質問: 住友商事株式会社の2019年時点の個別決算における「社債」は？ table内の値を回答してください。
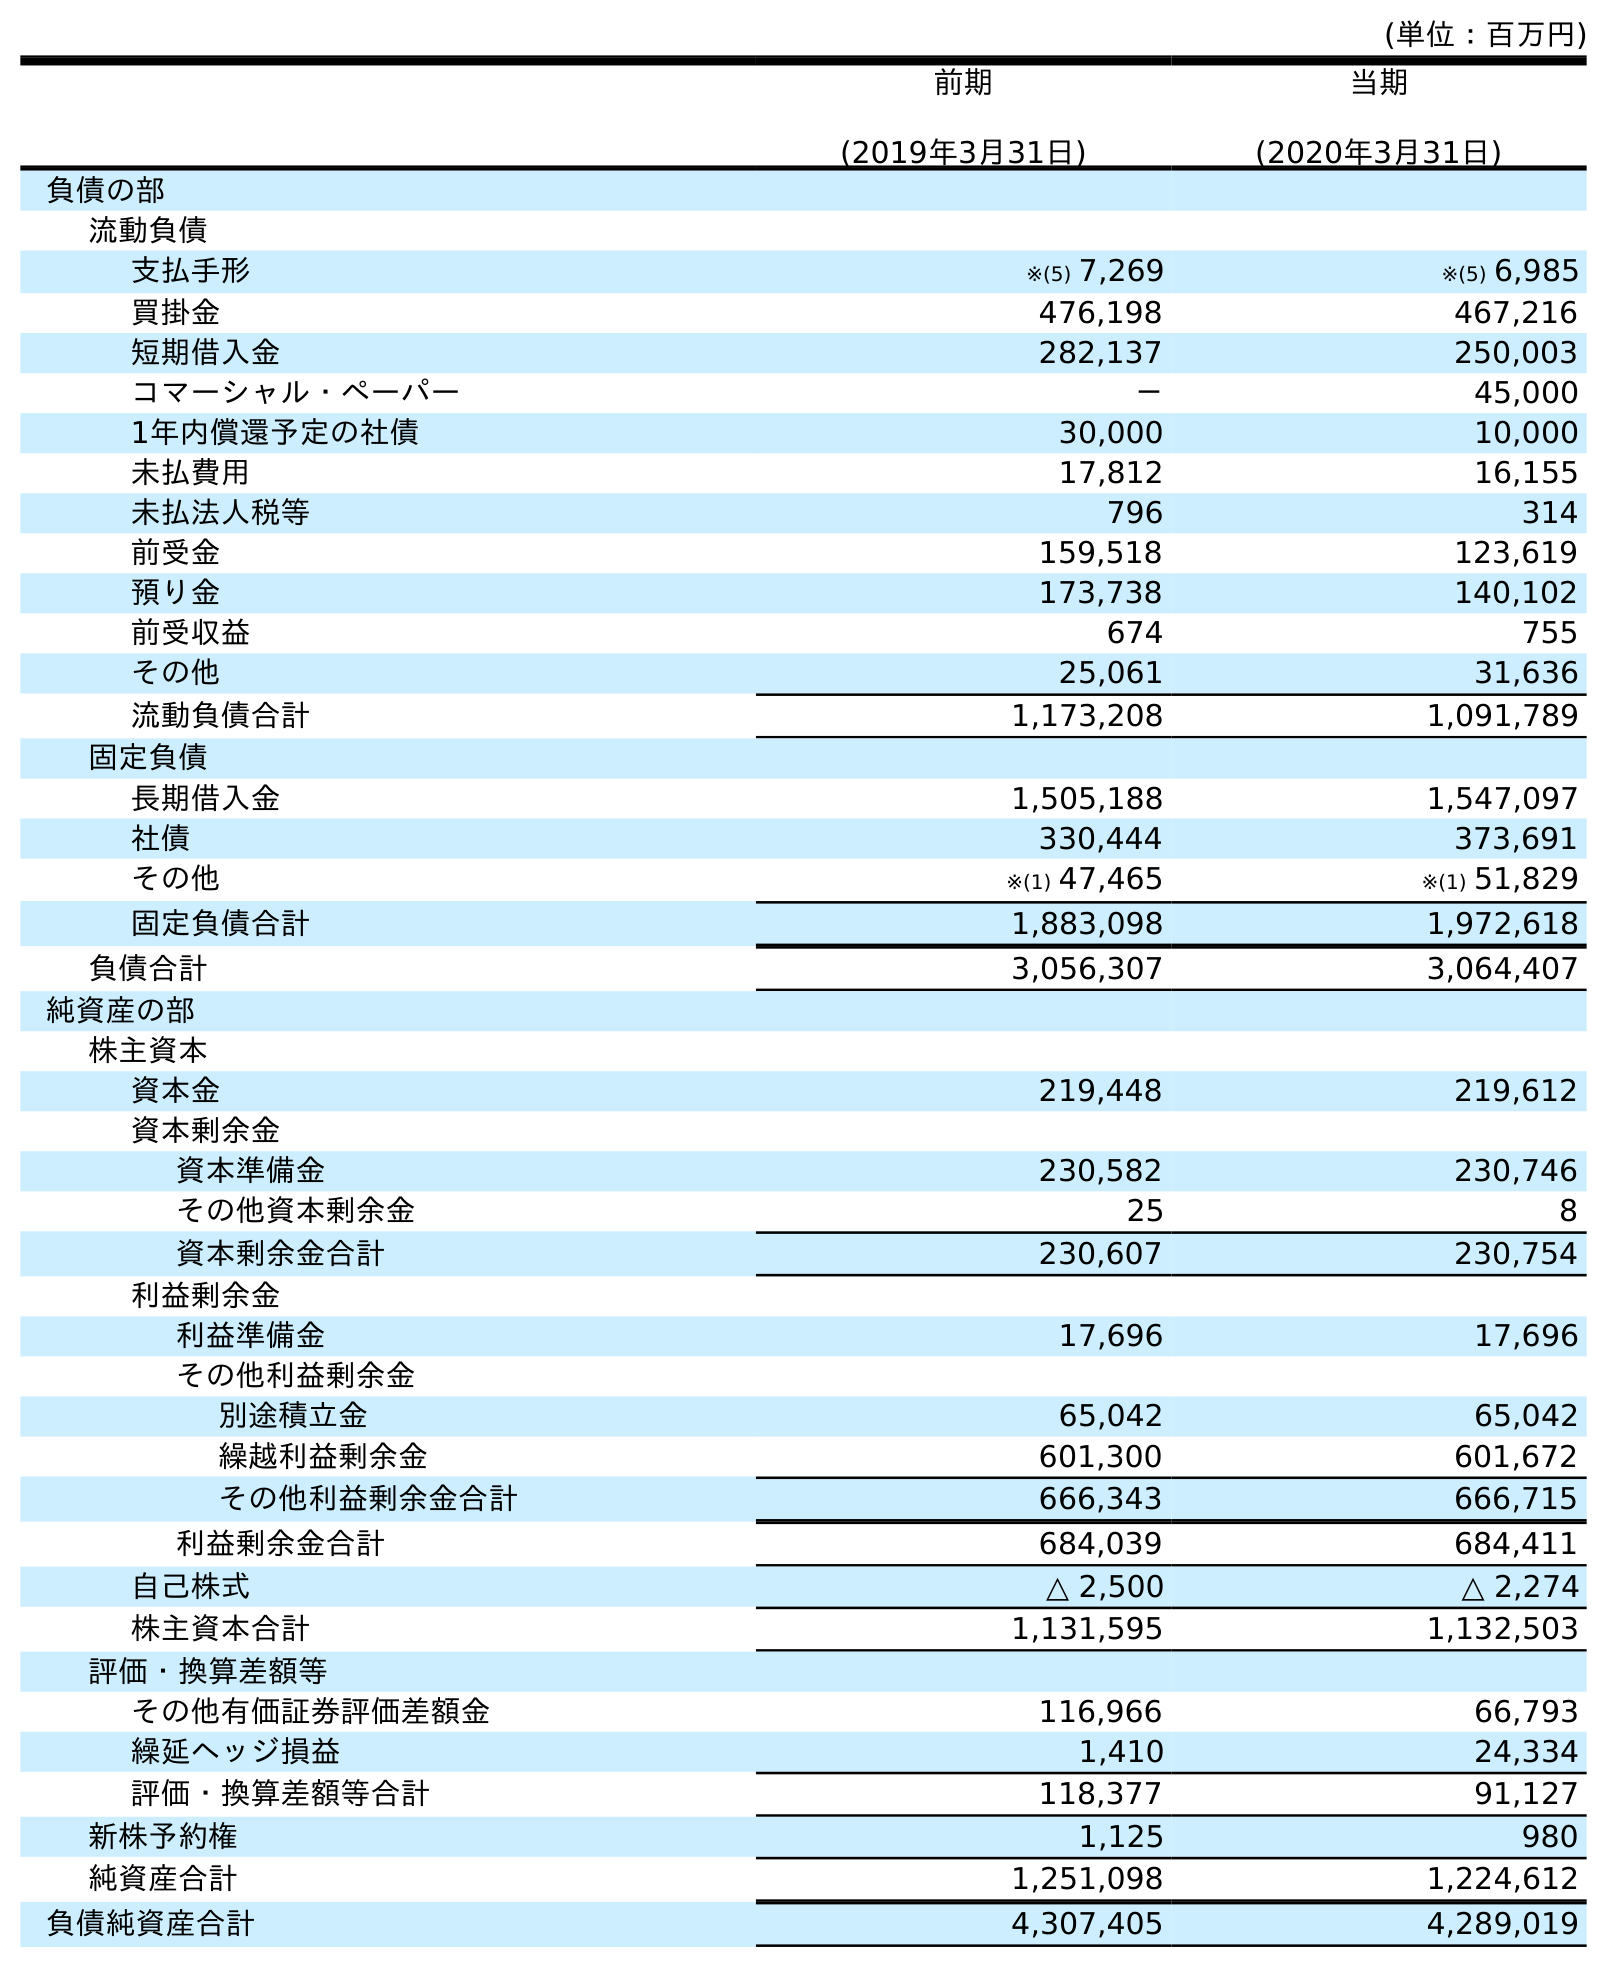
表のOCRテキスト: (単位：百万円) 前期 (2019年3月31日) 当期 (2020年3月31日) 負債の部 流動負債 支払手形 ※(5) 7,269 ※(5) 6,985 買掛金 476,198 467,216 短期借入金 282,137 250,003 コマーシャル・ペーパー － 45,000 1年内償還予定の社債 30,000 10,000 未払費用 17,812 16,155 未払法人税等 796 314 前受金 159,518 123,619 預り金 173,738 140,102 前受収益 674 755 その他 25,061 31,636 流動負債合計 1,173,208 1,091,789 固定負債 長期借入金 1,505,188 1,547,097 社債 330,444 373,691 その他 ※(1) 47,465 ※(1) 51,829 固定負債合計 1,883,098 1,972,618 負債合計 3,056,307 3,064,407 純資産の部 株主資本 資本金 219,448 219,612 資本剰余金 資本準備金 230,582 230,746 その他資本剰余金 25 8 資本剰余金合計 230,607 230,754 利益剰余金 利益準備金 17,696 17,696 その他利益剰余金 別途積立金 65,042 65,042 繰越利益剰余金 601,300 601,672 その他利益剰余金合計 666,343 666,715 利益剰余金合計 684,039 684,411 自己株式 △ 2,500 △ 2,274 株主資本合計 1,131,595 1,132,503 評価・換算差額等 その他有価証券評価差額金 116,966 66,793 繰延ヘッジ損益 1,410 24,334 評価・換算差額等合計 118,377 91,127 新株予約権 1,125 980 純資産合計 1,251,098 1,224,612 負債純資産合計 4,307,405 4,289,019
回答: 330,444